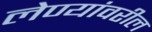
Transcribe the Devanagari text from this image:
लेण्यांवरील